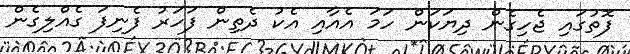
ފޮތުގައި ޖެހިގެން ދިޔަކަން ހަމަ އެއާއި އެކު ދެތިން ފަހަރު ފެނިފަ ގެއްލިގެން